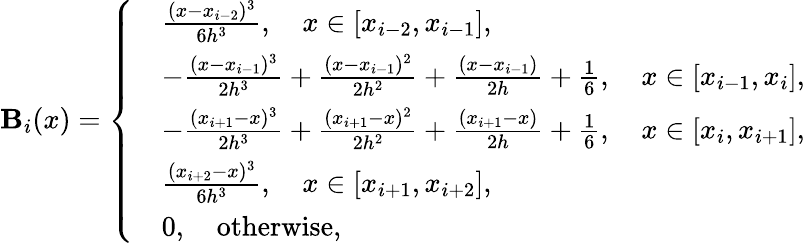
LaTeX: \mathbf{B}_{i}(x)=\left\{ \begin{array}{rl}&{\frac{(x-x_{i-2})^{3}}{6h^{3}},\quad x\in[x_{i-2},x_{i-1}],}\\ &{-\frac{(x-x_{i-1})^{3}}{2h^{3}}+\frac{(x-x_{i-1})^{2}}{2h^{2}}+\frac{(x-x_{i-1})}{2h}+\frac{1}{6},\quad x\in[x_{i-1},x_{i}],}\\ &{-\frac{(x_{i+1}-x)^{3}}{2h^{3}}+\frac{(x_{i+1}-x)^{2}}{2h^{2}}+\frac{(x_{i+1}-x)}{2h}+\frac{1}{6},\quad x\in[x_{i},x_{i+1}],}\\ &{\frac{(x_{i+2}-x)^{3}}{6h^{3}},\quad x\in[x_{i+1},x_{i+2}],}\\ &{0,\quad\textup{otherwise},}\end{array}\right.